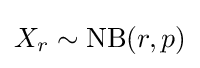
X_{r}\sim \operatorname {NB} (r,p)